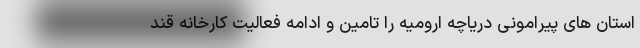
استان های پیرامونی دریاچه ارومیه را تامین و ادامه فعالیت کارخانه قند